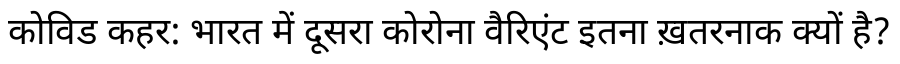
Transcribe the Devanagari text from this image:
कोविड कहर: भारत में दूसरा कोरोना वैरिएंट इतना ख़तरनाक क्यों है?